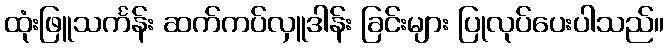
ထုံးဖြူသင်္ကန်း ဆက်ကပ်လှူဒါန်း ခြင်းများ ပြုလုပ်ပေးပါသည်။